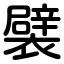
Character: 襞